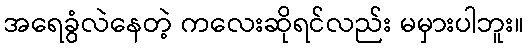
အရေခွံလဲနေတဲ့ ကလေးဆိုရင်လည်း မမှားပါဘူး။